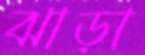
ঝাড়া